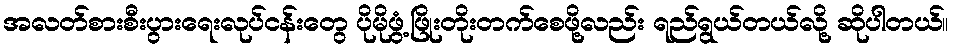
အလတ်စားစီးပွားရေးလုပ်ငန်းတွေ ပိုမိုဖွံ့ဖြိုးတိုးတက်စေဖို့လည်း ရည်ရွယ်တယ်လို့ ဆိုပါတယ်။